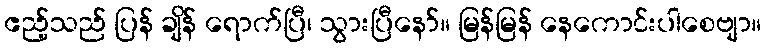
ဧည့်သည် ပြန် ချိန် ရောက်ပြီ၊ သွားပြီနော်။ မြန်မြန် နေကောင်းပါစေဗျာ။